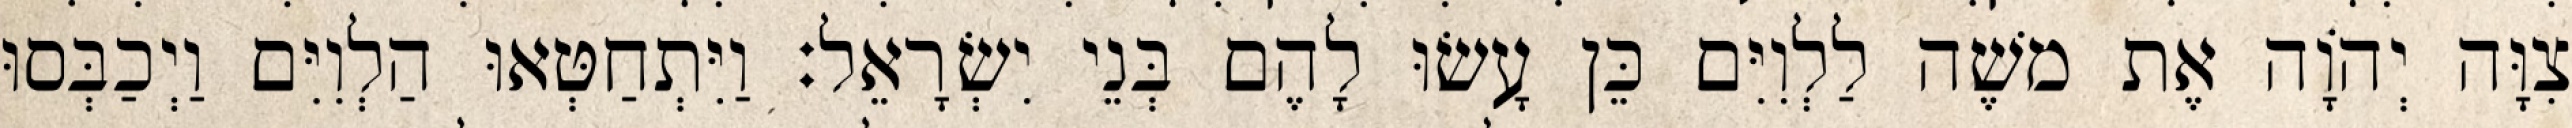
צִוָּה יְהוָֹה אֶת משֶׁה לַלְוִיִּם כֵּן עָשׂוּ לָהֶם בְּנֵי יִשְׂרָאֵל׃ וַיִּתְחַטְּאוּ הַלְוִיִּם וַיְכַבְּסוּ